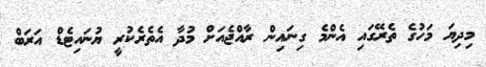
މިދިޔަ މަހުގެ ތެރޭގައި އެންމެ ގިނައިން ރާއްޖެއަށް މުދާ އެތެރެކުރީ ޔުނައިޓެޑް އަރަބް